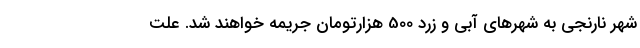
شهر نارنجی به شهرهای آبی و زرد 500 هزارتومان جریمه خواهند شد. علت